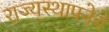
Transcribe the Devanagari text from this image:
राज्यस्थापनेचे